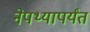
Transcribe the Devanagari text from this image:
नेपथ्यापर्यंत